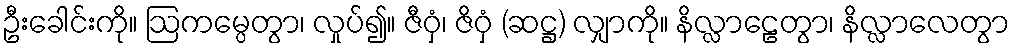
ဦးခေါင်းကို။ ဩကမ္ပေတွာ၊ လှုပ်၍။ ဇီဝှံ၊ ဇိဝှံ (ဆဋ္ဌ) လျှာကို။ နိလ္လာဠေတွာ၊ နိလ္လာလေတွာ